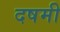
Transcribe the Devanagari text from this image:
दषमी